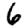
Digit: 6